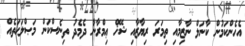
އެހެންކަމުން ކާނަލް ނާޒިމާއި ތިމަރަ ރިޔާޒާއި ޝޭޚް ޢިމްރާނާ ދެމެދު ތިނެސްކަން މަޞްލަޙަތެއް